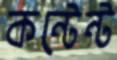
কন্টেন্ট